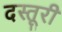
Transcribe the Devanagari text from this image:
दस्तूरी